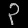
Digit: ၃